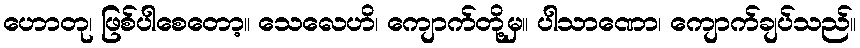
ဟောတု၊ ဖြစ်ပါစေတော့။ သေလေဟိ၊ ကျောက်တို့မှ။ ပါသာဏော၊ ကျောက်ချပ်သည်။